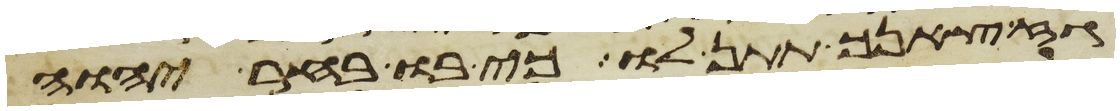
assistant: גז צאנך תתן לו כי בו בחר יהוה